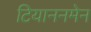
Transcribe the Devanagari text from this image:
टियाननमेन